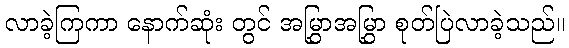
လာခဲ့ကြကာ နောက်ဆုံး တွင် အမြွှာအမြွှာ စုတ်ပြဲလာခဲ့သည်။